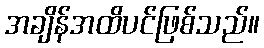
အချိန်အထိပင်ဖြစ်သည်။